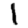
Digit: 1